Leprosy in India: report of the Leprosy Commission in India, 1890-91
Year: 1890
Disease focus: Leprosy
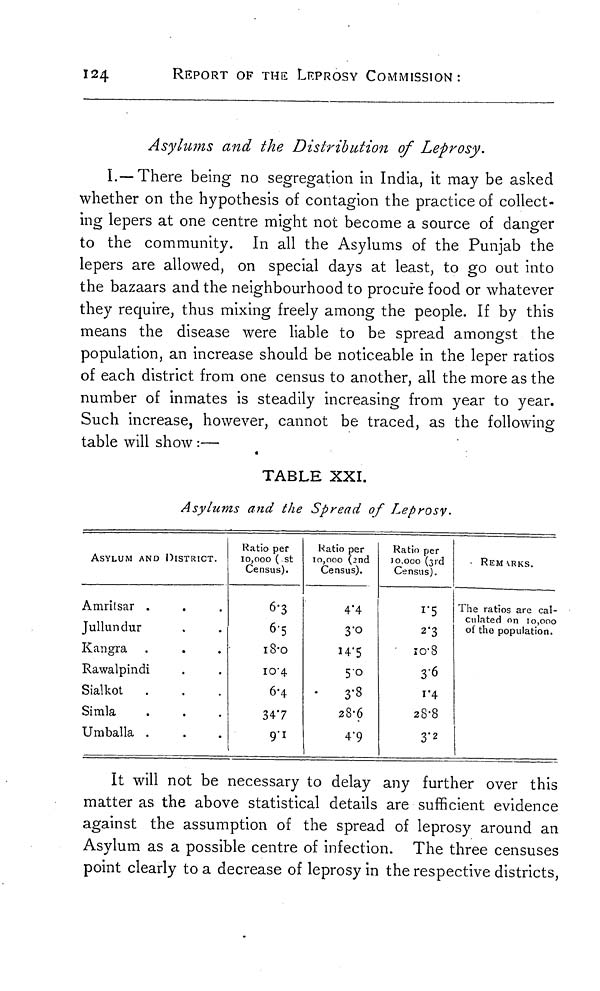
124
REPORT OF THE LEPROSY COMMISSION:
Asylums and the Distribution of Leprosy.
I.— There being no segregation in India, it may be asked
whether on the hypothesis of contagion the practice of collect-
ing lepers at one centre might not become a source of danger
to the community. In all the Asylums of the Punjab the
lepers are allowed, on special days at least, to go out into
the bazaars and the neighbourhood to procure food or whatever
they require, thus mixing freely among the people. If by this
means the disease were liable to be spread amongst the
population, an increase should be noticeable in the leper ratios
of each district from one census to another, all the more as the
number of inmates is steadily increasing from year to year.
Such increase, however, cannot be traced, as the following
table will show :—
TABLE XXI.
Asylums and the Spread of Leprosy-
ASYLUM AND DISTRICT.
Amritsar
Jullundur
Kangra
Rawalpindi
Sialkot
Simla
Umballa
Ratio per
10,000 ( st
Census).
6.3
6.5
18.0
10.4
6.4
34.7
Ratio per
10,000 (2nd
Census).
4.4
3.0
14.5
5.0
3.8
28.6
4.9
Ratio per
10,000 (3rd
Census).
1.5
2.3
10.8
3.6
1.4
28.8
3.2
REMARKS.
The ratios are cal-
culated on 10,000
of the population.
It will not be necessary to delay any further over this
matter as the above statistical details are sufficient evidence
against the assumption of the spread of leprosy around an
Asylum as a possible centre of infection. The three censuses
point clearly to a decrease of leprosy in the respective districts,